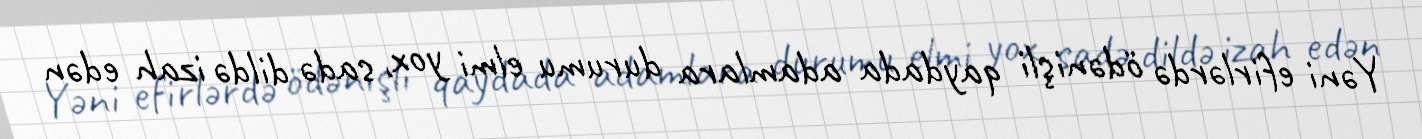
Yəni efirlərdə ödənişli qaydada adamlara durumu elmi yox, sadə dildə izah edən